Indian journal of veterinary science and animal husbandry - Volume 14,
Year: 1944
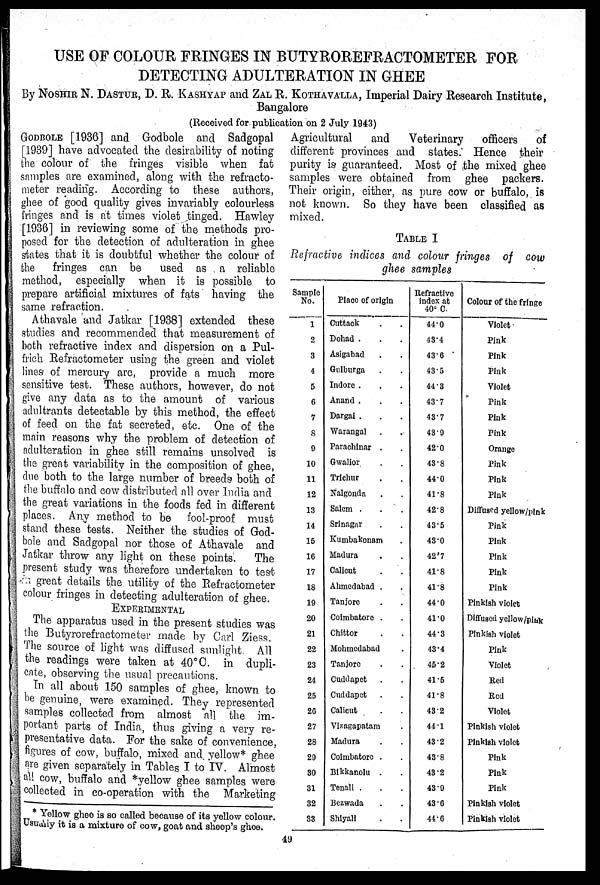
USE OF COLOUR FRINGES IN BUTYROREFRACTOMETER FOR
DETECTING ADULTERATION IN GHEE
By NOSHIR N. DASTUR, D. R. KASHYAP and ZAL R. KOTHAVALLA, Imperial Dairy Research Institute,
Bangalore
(Received for publication on 2 July 1943)
GODBOLE [1936] and Godbole and Sadgopal
[1939] have advocated the desirability of noting
the colour of the fringes visible when fat
samples are examined, along with the refracto-
meter reading. According to these authors,
ghee of good quality gives invariably colourless
fringes and is at times violet tinged. Hawley
[1936] in reviewing some of the methods pro-
posed for the detection of adulteration in ghee
states that it is doubtful whether the colour of
the fringes can be
used as a reliable
method, especially when it is possible to
prepare artificial mixtures of fats having the
same refraction.
Athavale and Jatkar [1938] extended these
studies and recommended that measurement of
both refractive index and dispersion on a Pul-
frich Refractometer using the green and violet
lines of mercury are, provide a much more
sensitive test. These authors, however, do not
give any data as to the amount of various
adultrants detectable by this method, the effect
of feed on the fat secreted, etc. One of the
main reasons why the problem of detection of
adulteration in ghee still remains unsolved is
the great variability in the composition of ghee,
due both to the large number of breeds both of
the buffalo and cow distributed all over India and
the great variations in the foods fed in different
places. Any method to be fool-proof must
stand these tests. Neither the studies of God-
bole and Sadgopal nor those of Athavale and
Jatkar throw any light on these points.
The
present study was therefore undertaken to test
great details the utility of the Refractometer
colour fringes in detecting adulteration of ghee.
EXPERIMENTAL
The apparatus used in the present studies was
the Butyrorefractometer made by Carl Ziess.
The source of light was diffused sunlight. All
the readings were taken at 40°C. in dupli-
cate, observing the usual precautions.
In all about 150 samples of ghee, known to
be genuine, were examined. They represented
samples collected from almost all the im-
portant parts of India, thus giving a very re-
presentative data. For the sake of convenience,
figures of cow, buffalo, mixed and yellow* ghee
are given separately in Tables I to IV. Almost
all cow, buffalo and *yellow ghee samples were
collected in co-operation with the Marketing
Agricultural
and
Veterinary
officers
of
different provinces and states. Hence their
purity is guaranteed. Most of the mixed ghee
samples were obtained from ghee packers.
Their origin, either, as pure cow or buffalo, is
not known. So they have been classified as
mixed.
TABLE I
Refractive indices and colour fringes of cow
ghee samples
Sample
No.
1
2
3
4
5
6
7
8
9
10
11
12
13
14
15
16
17
18
19
20
21
22
23
24
25
26
27
28
29
30
31
32
33
Place of origin
Cuttack . .
Dohad . . .
Asigabad . .
Gulburga . .
Indore . . .
Anand . . .
Dargai . . .
Warangal . .
Parachinar . .
Gwalior . .
Trichur . .
Nalgonda . .
Salem . . .
Srinagar . .
Kumbakonam .
Madura . .
Calicut . .
Ahmedabad . .
Tanjore . .
Coimbatore . .
Chittor . .
Mohmedabad .
Tanjore . .
Cuddapet . .
Cuddapet . .
Calicut . .
Vizagapatam .
Madura . .
Coimbatore . .
Bikkanolu . .
Tenali . . .
Bezwada . .
Shiyali . .
Refractive
index at
40° C.
44.0
43.4
43.6
43.5
44.3
43.7
43.7
43.9
42.0
43.8
44.0
41.8
42.8
43.5
43.0
42.7
41.8
41.8
44.0
41.0
44.3
43.4
45.2
41.5
41.8
432
44.1
43.2
43.8
43.2
43.9
43.6
44.6
Colour of the fringe
Violet
Pink
Pink
Pink
Violet
Pink
Pink
Pink
Orange
Pink
Pink
Pink
Diffused yellow/pink
Pink
Pink
Pink
Pink
Pink
Pinkish violet
Diffused yellow /pink
Pinkish violet
Pink
Violet
Red
Red
Violet
Pinkish violet
Pinkish violet
Pink
Pink
Pink
Pinkish violet
Pinkish violet
* Yellow ghee is so called because of its yellow colour.
Usually it is a mixture of cow, goat and sheep's ghee.
49